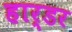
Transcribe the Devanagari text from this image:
हार्डर